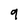
Character: 9